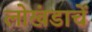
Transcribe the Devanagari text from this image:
लोखंडाचें